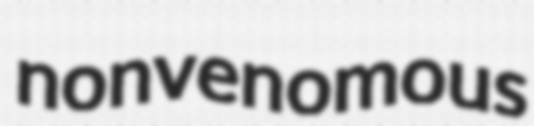
nonvenomous